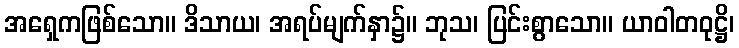
အရှေကဖြစ်သော။ ဒိသာယ၊ အရပ်မျက်နှာ၌။ ဘုသ၊ ပြင်းစွာသော။ ယာဝါတဝုဋ္ဌိ၊